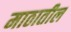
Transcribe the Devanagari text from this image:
माठातील